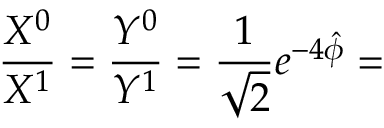
\frac { X ^ { 0 } } { X ^ { 1 } } = \frac { Y ^ { 0 } } { Y ^ { 1 } } = \frac { 1 } { \sqrt { 2 } } e ^ { - 4 \hat { \phi } } =